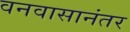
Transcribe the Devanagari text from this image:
वनवासानंतर